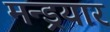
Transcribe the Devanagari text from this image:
मन्ड्रयार